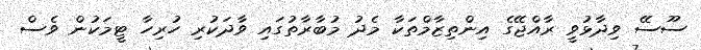
ސޫސޭ ވިދާޅުވީ ރާއްޖޭގެ އިންތިޒާމްތަކާ މެދު މުބާރާތުގައި ވާދަކުރި ހުރިހާ ޓީމަކުން ވެސް